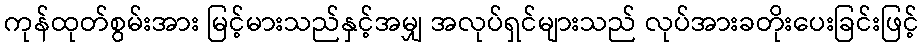
ကုန်ထုတ်စွမ်းအား မြင့်မားသည်နှင့်အမျှ အလုပ်ရှင်များသည် လုပ်အားခတိုးပေးခြင်းဖြင့်